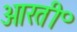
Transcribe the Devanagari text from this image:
आरती॰